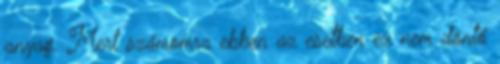
anyag. Mert számomra ebben az esetben ez nem döntő